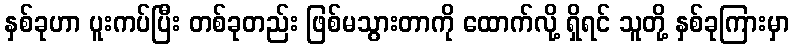
နှစ်ခုဟာ ပူးကပ်ပြီး တစ်ခုတည်း ဖြစ်မသွားတာကို ထောက်လို့ ရှိရင် သူတို့ နှစ်ခုကြားမှာ